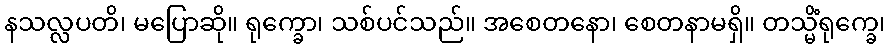
နသလ္လပတိ၊ မပြောဆို။ ရုက္ခော၊ သစ်ပင်သည်။ အစေတနော၊ စေတနာမရှိ။ တသ္မိံရုက္ခေ၊